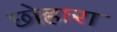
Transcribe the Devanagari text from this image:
छोहारा